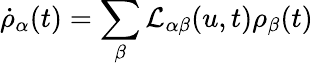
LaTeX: \dot{\rho}_{\alpha}(t)=\sum_{\beta}\mathcal{L}_{\alpha\beta}(u,t)\rho_{\beta}(t)